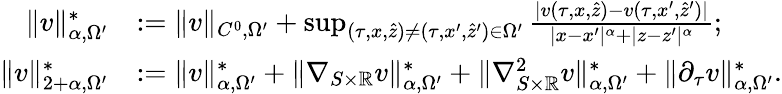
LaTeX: \begin{array}{rl}{\| v\| _{\alpha,\Omega^{\prime}}^{*}}&{:=\| v\| _{C^{0},\Omega^{\prime}}+\operatorname*{sup}_{(\tau,x,\hat{z})\neq(\tau,x^{\prime},\hat{z}^{\prime})\in\Omega^{\prime}}\frac{|v(\tau,x,\hat{z})-v(\tau,x^{\prime},\hat{z}^{\prime})|}{|x-x^{\prime}|^{\alpha}+|z-z^{\prime}|^{\alpha}};}\\ {\| v\| _{2+\alpha,\Omega^{\prime}}^{*}}&{:=\| v\| _{\alpha,\Omega^{\prime}}^{*}+\| \nabla_{S\times\mathbb{R}}v\| _{\alpha,\Omega^{\prime}}^{*}+\| \nabla_{S\times\mathbb{R}}^{2}v\| _{\alpha,\Omega^{\prime}}^{*}+\| \partial_{\tau}v\| _{\alpha,\Omega^{\prime}}^{*}.}\end{array}